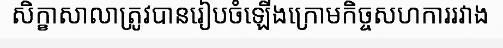
សិក្ខាសាលាត្រូវបានរៀបចំឡើងក្រោមកិច្ចសហការរវាង